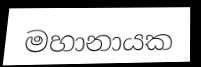
මහානායක